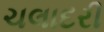
ચલાદરી